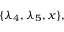
\{ \lambda _ { 4 } , \lambda _ { 5 } , x \} ,